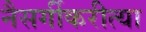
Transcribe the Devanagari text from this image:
नैसर्गीकरीत्या